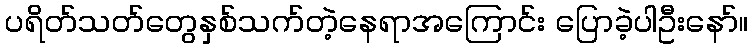
ပရိတ်သတ်တွေနှစ်သက်တဲ့နေရာအကြောင်း ပြောခဲ့ပါဦးနော်။